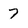
Character: 7